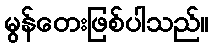
မွန်တေးဖြစ်ပါသည်။